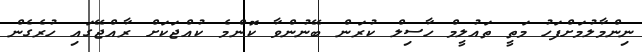
ނިންމާލުމަށްފަހު މަތީ ތައުލީމް ހާސިލް ކުރަން ބޭނުންވާ ކޮންމެ ކުއްޖަކަށް ރާއްޖޭގައި ހުރެގެން